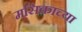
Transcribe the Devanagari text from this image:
मसिकाच्या